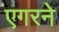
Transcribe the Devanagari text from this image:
एगरने